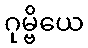
ဂုမ္ဗိယေ